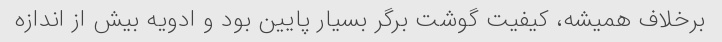
برخلاف همیشه، کیفیت گوشت برگر بسیار پایین بود و ادویه بیش از اندازه